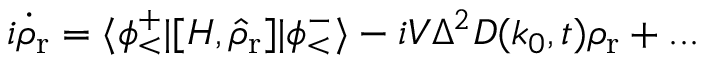
i { \dot { \rho } } _ { \mathrm { r } } = \langle \phi _ { < } ^ { + } \vert [ H , { \hat { \rho } } _ { \mathrm { r } } ] \vert \phi _ { < } ^ { - } \rangle - i V \Delta ^ { 2 } D ( k _ { 0 } , t ) \rho _ { \mathrm { r } } + . . .